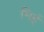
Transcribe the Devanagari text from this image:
भिई